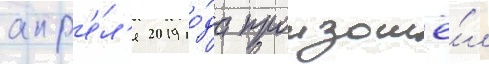
апр'е́л'я 2019 го́да произошё́л